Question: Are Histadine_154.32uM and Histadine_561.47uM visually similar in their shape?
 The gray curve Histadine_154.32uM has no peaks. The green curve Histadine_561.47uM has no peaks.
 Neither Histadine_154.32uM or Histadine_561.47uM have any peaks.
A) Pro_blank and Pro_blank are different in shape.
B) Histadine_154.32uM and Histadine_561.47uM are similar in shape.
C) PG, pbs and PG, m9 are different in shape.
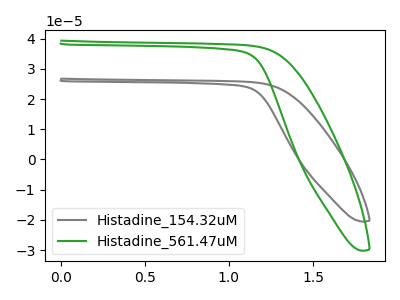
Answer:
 <answer>B) "Histadine_154.32uM" and "Histadine_561.47uM" are similar in shape.</answer>
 <eval>B</eval>